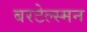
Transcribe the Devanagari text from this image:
बरटेल्स्मन